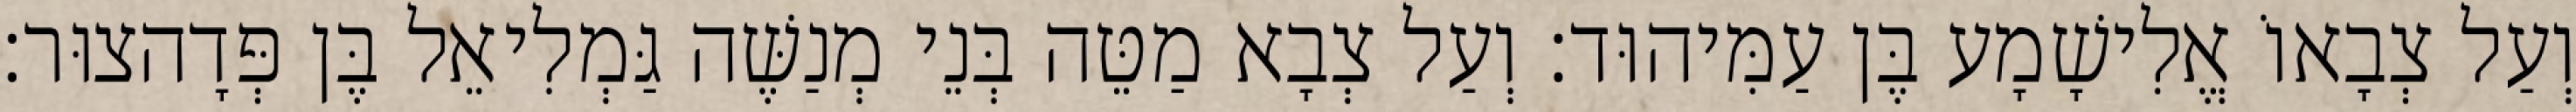
וְעַל צְבָאוֹ אֱלִישָׁמָע בֶּן עַמִּיהוּד׃ וְעַל צְבָא מַטֵּה בְּנֵי מְנַשֶּׁה גַּמְלִיאֵל בֶּן פְּדָהצוּר׃